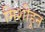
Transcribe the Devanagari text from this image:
मिशीहून